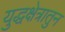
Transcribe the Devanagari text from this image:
युद्धक्षेत्रातुन